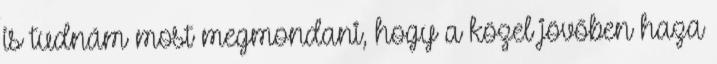
is tudnám most megmondani, hogy a közel jövőben haza